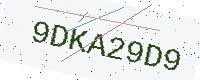
Text: 9DKA29D9